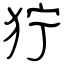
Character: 狞